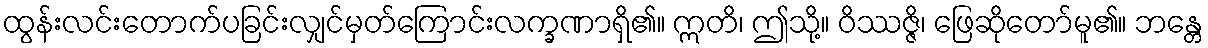
ထွန်းလင်းတောက်ပခြင်းလျှင်မှတ်ကြောင်းလက္ခဏာရှိ၏။ ဣတိ၊ ဤသို့။ ဝိဿဇ္ဇိ၊ ဖြေဆိုတော်မူ၏။ ဘန္တေ